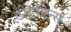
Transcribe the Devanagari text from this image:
डोडोएन्स